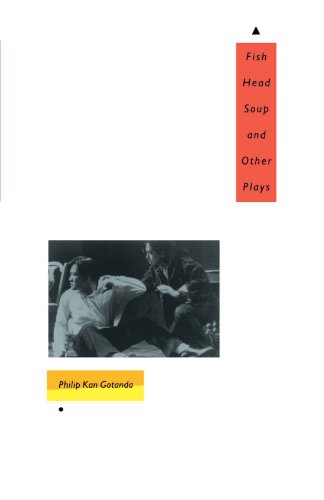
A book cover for Fish Head Soup and Other Plays; Philip Gotanda; Humor & Entertainment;